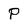
Character: P